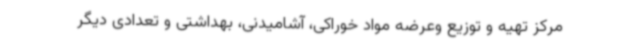
مرکز تهیه و توزیع وعرضه مواد خوراکی، آشامیدنی، بهداشتی و تعدادی دیگر